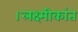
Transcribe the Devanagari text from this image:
।लक्ष्मीकांत